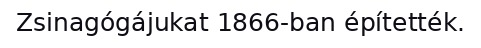
Zsinagógájukat 1866-ban építették.